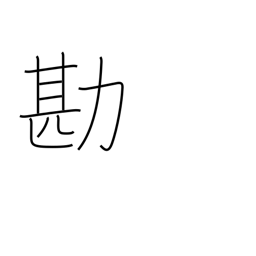
Meaning: compare